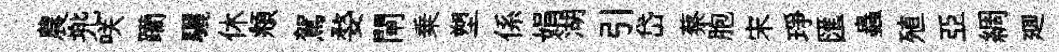
農兠咲躪驪休頫駕婺閘乗塑係娟湖引岱蔡胞宋琤匯蟲殖亞綢廽踈